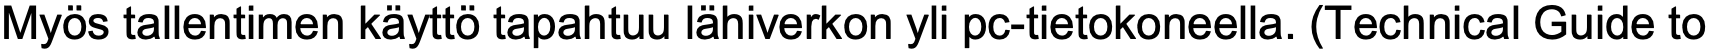
Myös tallentimen käyttö tapahtuu lähiverkon yli pc-tietokoneella. (Technical Guide to